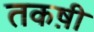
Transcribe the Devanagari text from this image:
तकष़ी